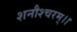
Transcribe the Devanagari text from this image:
शनौश्चरम्।।